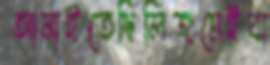
আনাইতেছিলিজমেইবা